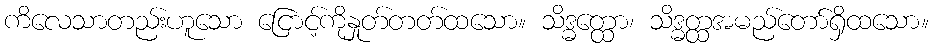
ကိလေသာတည်းဟူသော ငြောင့်ကိုနှုတ်တတ်ထသော။ သိဒ္ဓတ္ထော၊ သိဒ္ဓတ္ထအမည်တော်ရှိထသော။